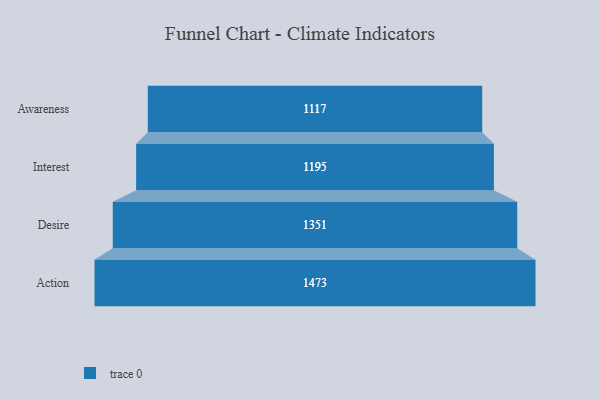
{"axis": {"x": "Stage", "y": "Value"}, "legend": [""], "data": [{"x": "Awareness", "y": 1117.0, "type": ""}, {"x": "Interest", "y": 1195.0, "type": ""}, {"x": "Desire", "y": 1351.0, "type": ""}, {"x": "Action", "y": 1473.0, "type": ""}]}